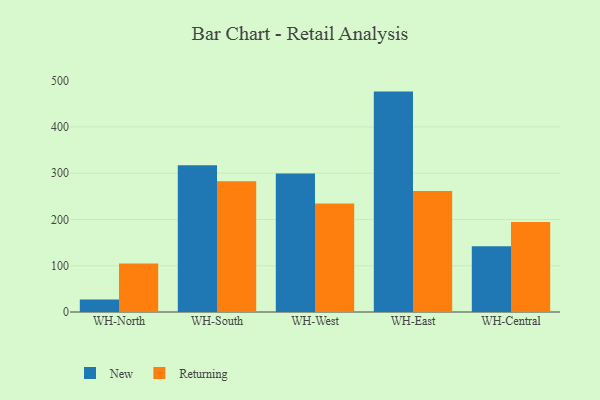
{"axis": {"x": "Warehouse", "y": "Website Visitors"}, "legend": ["New", "Returning"], "data": [{"x": "WH-North", "y": 26.8, "type": "New"}, {"x": "WH-North", "y": 104.9, "type": "Returning"}, {"x": "WH-South", "y": 317.2, "type": "New"}, {"x": "WH-South", "y": 282.4, "type": "Returning"}, {"x": "WH-West", "y": 299.6, "type": "New"}, {"x": "WH-West", "y": 234.5, "type": "Returning"}, {"x": "WH-East", "y": 476.4, "type": "New"}, {"x": "WH-East", "y": 261.3, "type": "Returning"}, {"x": "WH-Central", "y": 142.3, "type": "New"}, {"x": "WH-Central", "y": 194.3, "type": "Returning"}]}